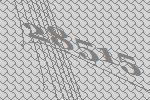
28515